Calcutta medical institutions reports 1879-81 [i.e.91]
Year: 1879
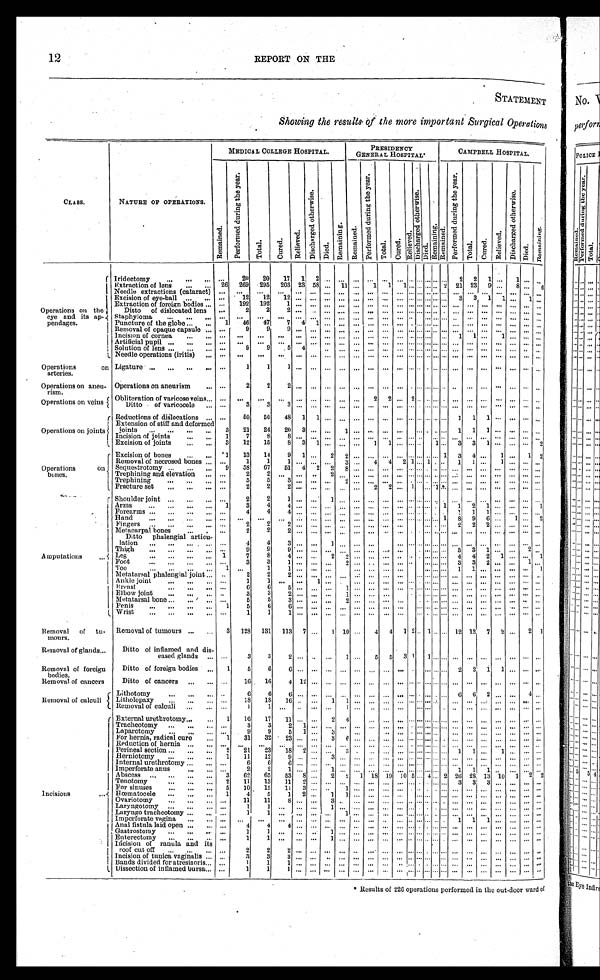
12
REPORT ON THE
STATEMENT
Showing the results of the more important Surgical Operations
CLASS.
NATURE OF OPERATIONS.
MEDICAL COLLEGE HOSPITAL.
PRESIDENCY
GENERAL HOSPITAL.
CAMPBELL HOSPITAL.
R e m a i n e d .
P e r f o r m e d d u r i n g t h e y e a r .
T o t a l .
C u r e d .
R e l i e v e d .
D i s c h a r g e d o t h e r w i s e .
D i e d .
R e m a i n i n g .
R e m a i n e d .
P e r f o r m e d d u r i n g t h e y e a r .
T o t a l .
C u r e d .
R e l i e v e d .
D i s c h a r g e d o t h e r w i s e .
D i e d .
R e m a i n i n g . Re ma i n e d .
P e r f o r m e d d u r i n g t h e y e a r .
T o t a l . Cured
R e l i e v e d .
D i s c h a r g e d o t h e r w i s e .
D i e d .
R e m a i n i n g .
Operations on the
eye and its ap
-pendages.
Iridectomy . . .
. . .
20
20
17
1
2
. . .
. . .
. . .
. . .
. . .
. . .
. . .. . .
. . . . . . . . .
2
2
1
. . .
1
. . .
. . .
Extraction of lens . . .
26
269
295
203 23 58
. . . 11
. . .
1
1
1
. . . . . . . . . . . . 2
21 23
9
. . .
8
. . .
6
Needle extractions (cataract)
. . .
. . .
. . .
. . .
. . .
. . .
. . .
. . .
. . .
. . .
. . .
. . . . . . . . . . . . . . . . . . . . .
. . .. . .
. . . . . .
. . .
. . .
Excision of eye-ball . . .
. . .
1 2
1 2
1 2
. . .
. . .
. . .
. . .
. . .
. . .
. . .
. . . . . . . . . . . . . . . . . . 3
3 1
1 . . .
1
. . .
Extraction of foreign bodies . . .
. . .
192
192
1
. . .
. . .
. . .
. . .
. . .
. . .
. . .
. . .
. . . . . . . . . . . . . . . . . .
. . . . . .
. . . . . .
. . .
. . .
Ditto of dislocated lens
. . .
2
2
2
. . .
. . .
. . .
. . .
. . .
. . .
. . .
. . . . . . . . . . . . . . . . . . . . .
. . .. . .
. . . . . .
. . .
. . .
Staphyloma . . .
. . .
. . .
. . .
. . .
. . .
. . .
. . .
. . .
. . .
. . .
. . .
. . . . . . . . . . . . . . . . . . . . .
. . . . . .
. . . . . .
. . .
. . .
Puncture of the globe . . .
1
46
47
7
4
1
. . .
. . .
. . .
. . .
. . .
. . . . . . . . . . . . . . . . . . . . .
. . .. . .
. . . . . .
. . .
. . .
Removal of opaque capsule . . .
. . .
9
9
9
. . . . . .
. . .
. . .
. . .
. . .
. . .
. . . . . . . . . . . . . . . . . . . . .
. . .. . .
. . . . . .
. . .
. . .
Incision of cornea . . .
. . .
. . .
. . .
. . .
. . . . . .
. . .
. . .
. . .
. . .
. . .
. . . . . . . . . . . . . . . . . . 1
1 . . .
1 . . .
. . .
. . .
Artificial pupil . . .
. . .
. . .
. . .
. . .
. . .
. . .
. . .
. . .
. . .
. . .
. . .
. . . . . . . . . . . . . . . . . . . . .
. . .. . .
. . . . . .
. . .
. . .
Solution of lens . . .
. . .
9
9
5
4
. . .
. . .
. . .
. . .
. . .
. . .
. . . . . . . . . . . . . . . . . . . . .
. . . . . .
. . . . . .
. . .
. . .
Needle operations (iritis) . . .
. . .
. . .
. . .
. . .
. . .
. . .
. . .
. . .
. . .
. . .
. . .
. . .
. . . . . . . . . . . . . . . . . .
. . . . . .
. . . . . .
. . .
. . .
Operations on
arteries.
Ligature . . .
. . .
1
1
1 . . .
. . .
. . .. . .
. . .
. . .
. . .
. . . . . . . . .
. . . . . . . . . . . .
. . . . . .
. . . . . .
. . .
. . .
Operations on an
eu-rism.
Operations on aneurism . . .
. . .
2
2
2
. . .
. . .
. . .
. . .
. . .
. . .
. . .
. . . . . . . . . . . . . . . . . . . . .
. . . . . .
. . .
. . .
. . .
. . .
Obliteration of varicose veins . . .
. . .
. . .
. . .
. . .
. . .
. . .
. . .
. . .
. . .
2
2
. . . 2 . . . . . . . . . . . . . . .
. . .. . .
. . . . . .
. . .
. . .
Operations on veins
Ditto of varicocele . . .
. . .
3
3
3
. . .
. . .
. . .
. . .
. . .
. . .
. . .
. . . . . . . . . . . . . . . . . . . . .
. . .. . .
. . . . . .
. . .
. . .
Operations on joints
Reductions of dislocations . . .
. . .
50
50
48
1
1
. . .
. . .
. . .
. . .
. . .
. . .
. . . . . . . . . . . . . . .
1
1
1
. . . . . .
. . .
. . .
Extension of stiff and deformed
joints . . .
3
21
24
20
3
. . .
. . .
1
. . .
. . .
. . .
. . .
. . . . . . . . . . . . . . .1
1
1
. . . . . .
. . .
. . .
Incision of joints . . .
1
7
8
8
. . .
. . .
. . .
. . .
. . .
. . .
. . .
. . .
. . . . . . . . . . . . . . . . . .
. . . . . .
. . . . . .
. . .
. . .
Excision of joints . . .
3
12
15
8
3
1
. . .
. . .
. . .
1
1
. . . . . . . . . . . . 1 . . .3
3 1
. . . . . .
. . .
2
Operations on
bones.
Excision of bones . . .
1
13
14
9
1
. . .
2
2
. . .
. . .
. . .
. . . . . . . . . . . . . . . 1 3
4 . . .
1 . . .
1
2
Removal of necrosed bones . . .
. . .
1
1
1
. . .
. . .
. . .
3
. . .
4
4
2
1 . . . 1 . . . . . .1
1 . . .
1 . . .
. . .
. . .
Sequestrotomy . . .
9
58
67
51
4
2
2
8
. . .
. . .
. . .
. . .
. . . . . . . . . . . . . . . .. . .
. . . . . .
. . . . . .
. . .
. . .
Trephining and elevation . . .
. . .
2
2
. . .
. . .
. . .
2
. . .
. . .
. . .
. . .
. . . . . . . . . . . . . . . . . .. . .
. . .. . .
. . . . . .
. . .
. . .
Trephining . . .
. . .
5
5
3
. . .
. . .
. . .
2
. . .
. . .
. . .
. . . . . . . . . . . . . . . . . .. . .
. . .. . .
. . . . . .
. . .
. . .
Fracture set . . .
. . .
2
2
2
. . .
. . .
. . .
. . .
. . .
2
2
. . . 1 . . . . . . 1 . . .. . .
. . .. . .
. . . . . .
. . .
. . .
Amputations . . .
Shoulder joint . . .
. . .
2
2
1
. . .
. . .
1
. . .
. . .
. . .
. . .
. . .. . . . . . . . . . . . . . .. . .
. . .. . .
. . . . . .
. . .
. . .
Arms . . .
1
3
4
4
. . .
. . .
. . .
. . .
. . .
. . .
. . .
. . . . . . . . . . . .. . . 1
1
2
1
. . . . . .
. . .
1
Forearms . . .
. . .
4
4
4
. . .
. . .
. . .. . .
. . .
. . .
. . .
. . . . . . . . . . . .. . . . . .
1
1
1
. . . . . .
. . .
. . .
Hand . . .
. . .
. . .
. . .
. . .
. . .
. . .
. . .
. . .
. . .
. . .
. . .
. . . . . . . . . . . .. . . 1
8
9
6
. . . 1
. . .
2
Fingers . . .
. . .
2
2
2
. . .
. . .
. . .
. . .
. . .
. . .
. . .
. . . . . . . . . . . .. . . . . . 2
2
2
. . . . . .
. . .
. . .
Metacarpal bones . . .
. . .
2
2
2
. . .
. . .
. . .
. . .
. . .. . .
. . .
. . . . . . . . . . . .. . . . . .
. . .
. . .
. . .
. . . . . .
. . .
. . .
Ditto phalengial articu-
lation . . .
. . .
4
4
3
. . .
. . .
1
. . .
. . .
. . .
. . .
. . . . . . . . . . . .
. . . . . .
. . .
. . . . . .
. . . . . .
. . .
. . .
Thigh . . .
. . .
9
9
9
. . .
. . .
. . .
. . .
. . .
. . .
. . .
. . . . . . . . . . . .. . . . . .
3
3 1
. . . . . .
2
. . .
Leg . . .
1
7
8
4
. . .
. . .
2
2
. . .
. . .. . .
. . . . . . . . . . . .. . . . . .
4
4 2
1 . . .
. . . 1
Foot . . .
. . .
3
3
1
. . .
. . .
. . .
2
. . .
. . .
. . .
. . . . . . . . . . . .. . . . . .
3
3 2
. . . . . .
1
. . .
Toe . . .
1
. . .
1
1
. . .
. . .
. . .
. . .
. . .
. . .
. . .
. . . . . . . . . . . .. . . . . .
1
1 . . .
. . . . . .
. . .
1
Metatarsal phalengial joint . . .
. . .
2
2
2
. . .
. . .
. . .
. . .
. . .
. . .
. . .
. . . . . . . . . . . .
. . . . . .
. . .
. . . . . .
. . . . . .
. . . . . .
Ankle joint . . .
. . .
1
1
. . .. . .
1
. . .
. . .
. . .
. . .
. . .
. . . . . . . . . . . .. . .. . .
. . .
. . .. . .
. . .. . .
. . .
. . .
Breast . . .
. . .
6
6
5 . . .
. . .
. . .
1
. . .
. . .
. . .
. . . . . . . . . . . .. . . . . .
. . .
. . . . . .
. . . . . .
. . .
. . .
Elbow joint . . .
. . .
3
3
2 . . .
. . .
. . .
1
. . .
. . .
. . .
. . . . . . . . . . . .. . . . . . . . .
. . . . . .
. . . . . .
. . .
. . .
Metatarsal bone . . .
. . .
5
5
3 . . .
. . .
. . .
2
. . .
. . .
. . .
. . . . . . . . . . . . . . . . . .
. . .
. . . . . .
. . . . . .
. . .
. . .
Penis . . .
1
5
6
6 . . .
. . .
. . .
. . .
. . .
. . .
. . .
. . . . . . . . . . . .
. . . . . .
. . .
. . . . . .
. . .
. . .
. . .
. . .
Wrist . . .
. . .
1
1
1 . . .
. . .
. . .
. . .
. . .
. . .
. . .
. . . . . . . . . . . .. . . . . . . . .
. . . . . .
. . . . . .
. . .
. . .
Removal of t
u-mours.
Removal of tumours . . .
3
128
131
113
7
. . .
1 10
. . .
4
4
1 2 . . . 1 . . .
. . . 12 12
7
2
. . .
2 1
Ditto of inflamed and dis
-eased glands . . .
. . .
3
3
2
. . .
. . .
. . .
1
. . .5
5
3 1 . . . 1 . . . . . .
. . .
. . .
. . .
. . .
. . .
. . .
. . .
Removal of glands . . .
Removal of foreign
bodies.
Ditto of foreign bodies . . .
1
5
6
6
. . .
. . .
. . .
. . .
. . .
. . .
. . .
. . . . . . . . . . . .
. . .
. . .
2
2
1
1
. . .
. . .
. . .
Ditto of cancers . . .
. . .
16
16
4 12
. . .
. . .
. . .
. . .
. . .
. . .
. . .
. . . . . . . . .
. . . . . .
. . .
. . . . . .
. . .
. . .
. . .
. . .
Removal of cancers
Removal of calculi
Lithotomy . . .
. . .
6
6
6
. . .
. . .
. . .
. . .
. . .
. . .
. . .
. . . . . . . . . . . .. . . . . .
6
6
2
. . .
. . .
4
. . .
Litholopaxy . . .
. . .
18
18
16 . . .
. . .
1
1
. . .
. . .
. . .
. . . . . . . . . . . .
. . . . . .
. . .
. . . . . .
. . .
. . .
. . .
. . .
Removal of calculi . . .
. . .
1
1
. . . . . .
. . .
. . .
1
. . .
. . .
. . .
. . . . . . . . . . . .. . . . . .
. . .
. . .
. . .
. . .
. . .
. . .
. . .
Incisions . . .
External urethrotomy . . .
1
16
17
11
. . .
. . .
2
4
. . .
. . .
. . .
. . . . . . . . . . . .
. . . . . .
. . .
. . .
. . .
. . .
. . .
. . .
. . .
Tracheotomy . . .
. . .
3
3
2
1
. . .
. . .
. . .
. . .
. . .
. . .
. . . . . . . . . . . .
. . . . . .
. . .
. . .
. . .
. . .
. . .
. . .
. . .
Laparotomy . . .
. . .
9
9
5
1
. . .
3
. . .
. . .
. . .
. . .
. . . . . . . . . . . .. . . . . .
. . .
. . .
. . .
. . .
. . .
. . . . . .
For hernia, radical cure . . .
1
31
32
23
. . .
. . .
3
6
. . .
. . .
. . .
. . . . . . . . . . . . . . . . . .
. . .
. . .
. . .
. . .
. . .
. . .
. . .
Reduction of hernia . . .
. . .
. . .
. . .
. . .
. . .
. . .
. . .
. . .
. . .
. . .
. . .
. . . . . . . . . . . .
. . . . . .
. . .
. . .
. . .
. . .
. . .
. . .
. . .
Perineal section . . .
2
21
23
18
2
. . .
. . .
3
. . .
. . .
. . .
. . . . . . . . . . . .. . . . . .
1
1
. . .
1
. . .
. . .
. . .
Herniotomy . . .
1
11
12
9
. . .
. . .
3
. . .
. . .
. . .
. . .
. . . . . . . . . . . .. . . . . .
. . .
. . .
. . .
. . .
. . .
. . .
. . .
Internal urethrotomy . . .
. . .
6
6
6
. . .
. . .
. . .
. . .
. . .
. . .
. . .
. . . . . . . . . . . .
. . . . . .
. . .
. . .
. . .
. . .
. . .
. . .
. . .
Imperforate anus . . .
. . .
2
2
1
. . .
. . .
1
. . .
. . .
. . .
. . .
. . . . . . . . . . . .. . . . . .
1
1
1
. . .
. . .
. . .
. . .
Abscess . . .
3
62
65
53
8
. . .
2
2
1 18 19 10 5 . . . 4 . . . 2 26 28 13 10
1
2
2
Tenotomy . . .
2
1 1
1 3
1 1
2
. . .
. . .
. . .
. . .
. . .
. . .
. . . . . . . . . . . .. . . . . .
3
3
3
. . .
. . .
. . .
. . .
For sinuses . . .
5
10
15
11
3
. . .
. . .
1
. . .
. . .
. . .. . .
. . . . . . . . . . . . . . .
. . .
. . .
. . .
. . .
. . .
. . .
. . .
Hœmatocele . . .
1
4
5
1
2
. . .
1
1
. . .
. . .
. . .
. . . . . . . . . . . .. . . . . .
. . .
. . .
. . .
. . .
. . .
. . .
. . .
Ovariotomy . . .
. . .
11
11
8
. . .
. . .
3
. . .
. . .
. . .
. . .
. . . . . . . . . . . .
. . . . . .
. . .
. . .
. . .
. . .
. . .
. . .
. . .
Laryngotomy . . .
. . .
1
1
. . .
. . .
. . .
1
. . .
. . .
. . .
. . .
. . . . . . . . . . . .
. . . . . .
. . .
. . .
. . .
. . .
. . .
. . .
. . .
Laryngo tracheotomy . . .
. . .
1
1
. . .
. . .
. . .
. . .
1
. . .
. . .
. . .
. . . . . . . . . . . . . . . . . .
. . .
. . .
. . .
. . .
. . .
. . .
. . .
Imperforate vagina . . .
. . .
. . .
. . .
. . .
. . .
. . .
. . .
. . .
. . .
. . .
. . .
. . . . . . . . . . . . . . .
. . .
1
1
1
. . .
. . .
. . .
. . .
Anal fistula laid open . . .
. . .
4
4
4
. . .
. . .
. . .
. . .
. . .
. . .
. . .
. . . . . . . . . . . . . . . . . .
. . .
. . .
. . .
. . .
. . .
. . .
. . .
Gastrostomy . . .
. . .
1
1
. . .
. . .
. . .
1
. . .
. . .
. . .
. . .
. . . . . . . . . . . .. . . . . .
. . .
. . .
. . .
. . .
. . .
. . .
. . .
Enterectomy . . .
. . .
1
1
. . .
. . .
. . .
1
. . .
. . .
. . .
. . .
. . . . . . . . . . . . . . . . . .
. . .
. . .
. . .
. . .
. . .
. . .
. . .
Incision of ranula and its
roof cut off . . .
. . .
2
2
2
. . .
. . .
. . .
. . .
. . .
. . .
. . .
. . . . . . . . . . . .. . . . . .
. . .
. . .
. . .
. . .
. . .
. . .
. . .
Incision of tunica vaginalis . . .
. . .
3
3
3
. . .
. . .
. . .
. . .
. . .
. . .
. . .
. . . . . . . . . . . .. . . . . .
. . .
. . .
. . .
. . .
. . .
. . .
. . .
Bands divided for atresiaoris . . .
. . .
1
1
1
. . .
. . .
. . .
. . .
. . .
. . .
. . .
. . . . . . . . . . . .. . . . . .
. . .
. . .
. . .
. . .
. . .
. . .
. . .
Dissection of inflamed bursa . . .
. . .
1
1
1
. . .. . .
. . .
. . .
. . .
. . .
. . .
. . .
. . . . . . . . . . . . . . .
. . .
. . .
. . .
. . .
. . .
. . .
. . .
* Results of 226 operations performed in the out-door ward of